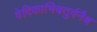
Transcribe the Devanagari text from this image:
वेदिकाभिश्चतुर्वनैश्च